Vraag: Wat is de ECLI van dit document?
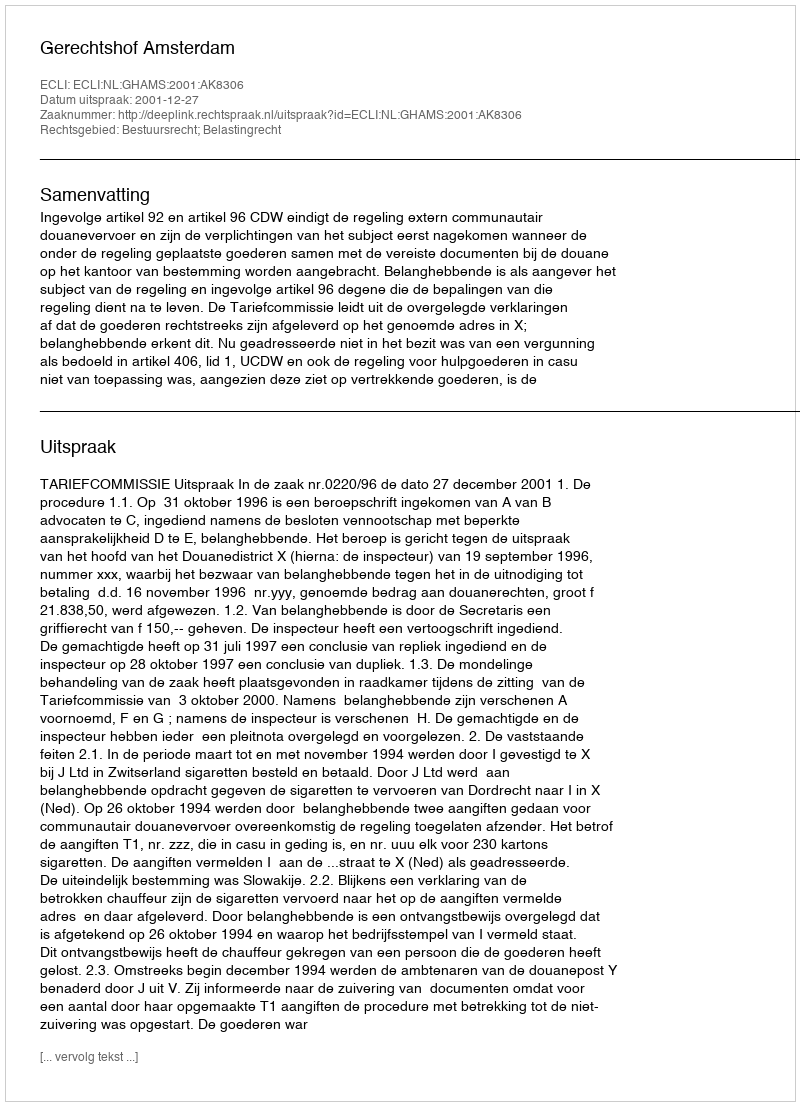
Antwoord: ECLI:NL:GHAMS:2001:AK8306